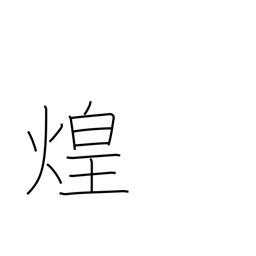
Meaning: glitter